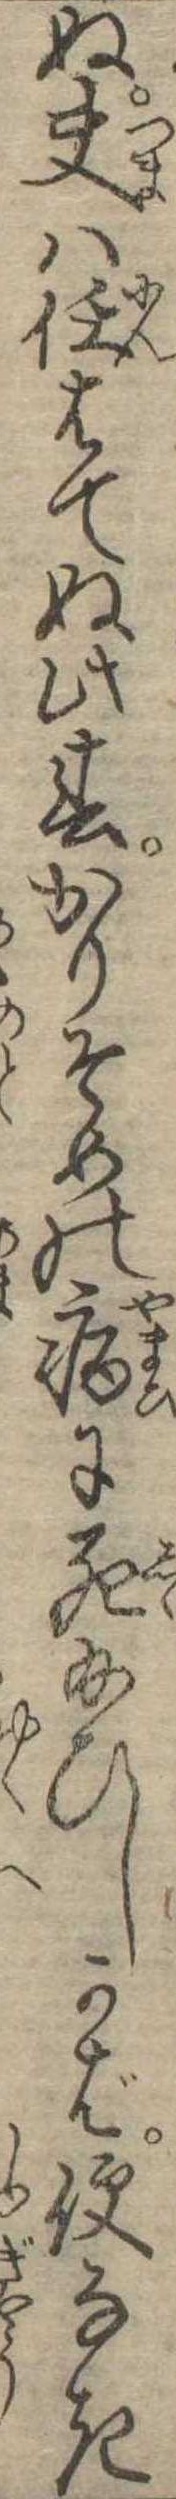
ぬ夫は任はてぬ此春かりそめの病に死給ひしかば便なき